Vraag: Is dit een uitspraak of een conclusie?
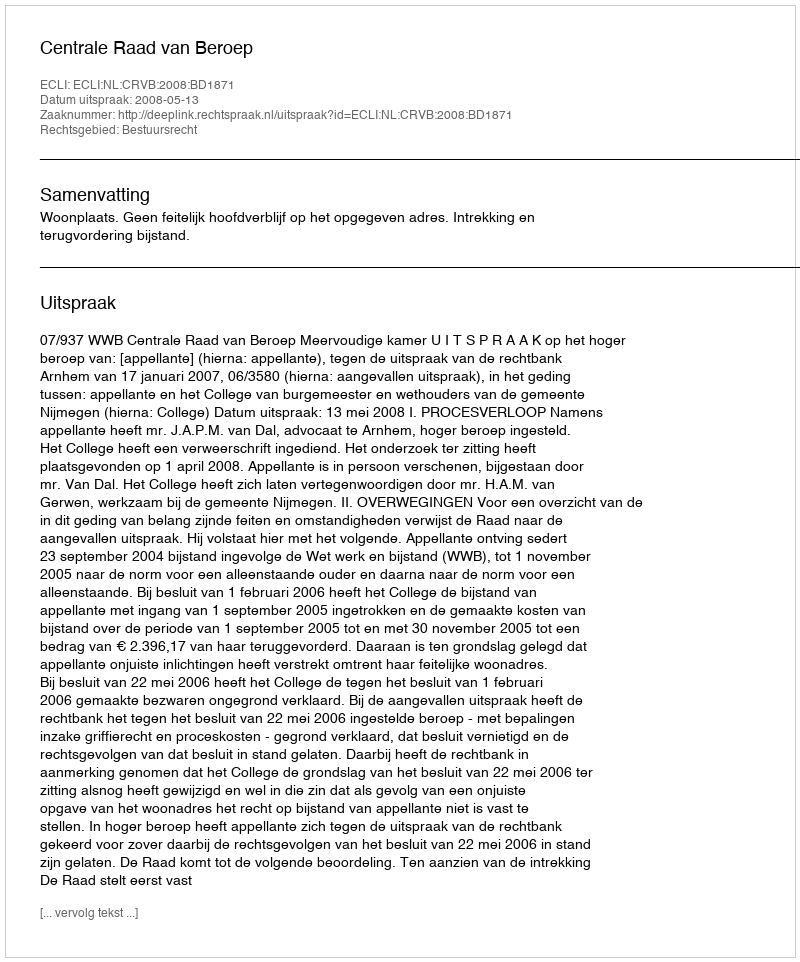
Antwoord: Uitspraak